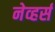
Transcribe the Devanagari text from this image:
नेव्हर्स